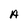
Character: A